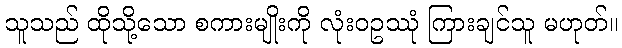
သူသည် ထိုသို့သော စကားမျိုးကို လုံးဝဥဿုံ ကြားချင်သူ မဟုတ်။